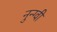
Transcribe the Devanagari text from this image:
नुन्ग्वी